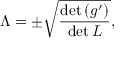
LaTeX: \Lambda = \pm \sqrt { \frac { \operatorname * { d e t } \left( g ^ { \prime } \right) } { \operatorname * { d e t } L } } ,